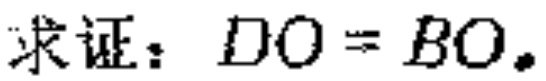
求证：\(DO = BO\)。